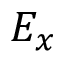
E _ { x }